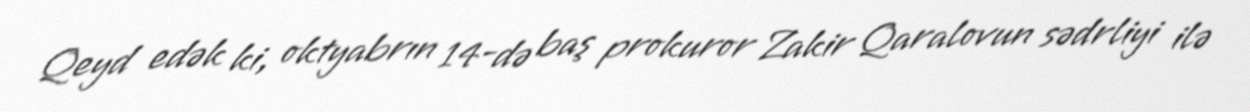
Qeyd edək ki, oktyabrın 14-də baş prokuror Zakir Qaralovun sədrliyi ilə